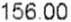
156.00